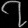
Digit: ၇